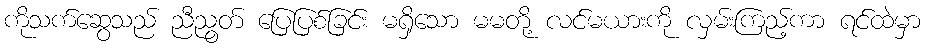
ကိုသက်ဆွေသည် ညီညွတ် ပြေပြစ်ခြင်း မရှိသော မမတို့ လင်မယားကို လှမ်းကြည့်ကာ ရင်ထဲမှာ